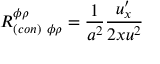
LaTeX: R _ { ( c o n ) \ \phi \rho } ^ { \phi \rho } = { \frac { 1 } { a ^ { 2 } } } { \frac { u _ { x } ^ { \prime } } { 2 x u ^ { 2 } } }